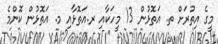
މީގެ އިތުރަށް ތ. އަތޮޅުން 13 މީހަކާއި ރ.އަތޮޅާއި މ. އަތޮޅުން ކޮންމެ